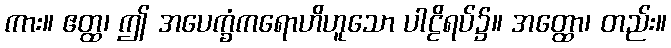
ကား။ ဧတ္ထ၊ ဤ အပေက္ခံကရောဟိဟူသော ပါဠိရပ်၌။ အတ္ထော၊ တည်း။